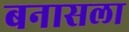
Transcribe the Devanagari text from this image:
बनासला